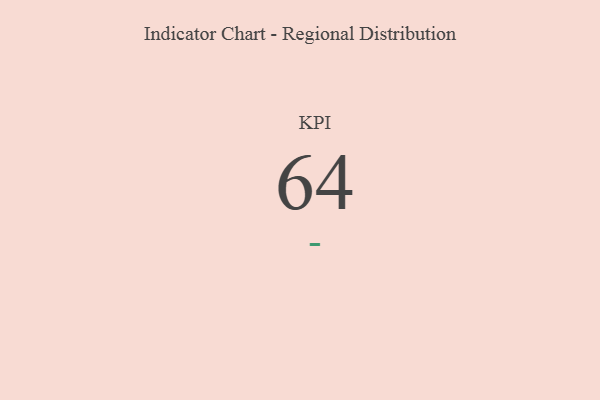
{"axis": {"x": "KPI", "y": "Value"}, "legend": [""], "data": [{"x": "KPI", "y": 64, "type": ""}]}